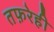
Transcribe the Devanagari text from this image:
तफ़रेही